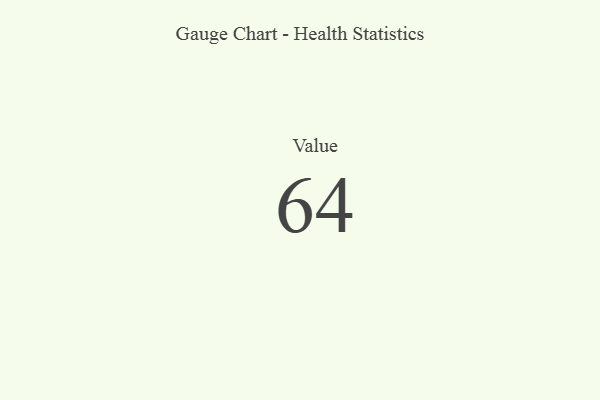
{"axis": {"x": "Metric", "y": "Value"}, "legend": [""], "data": [{"x": "Value", "y": 64, "type": ""}]}